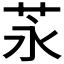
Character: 𦭔